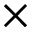
\times